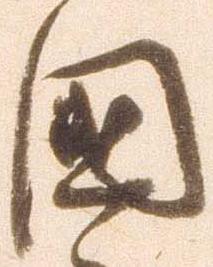
国